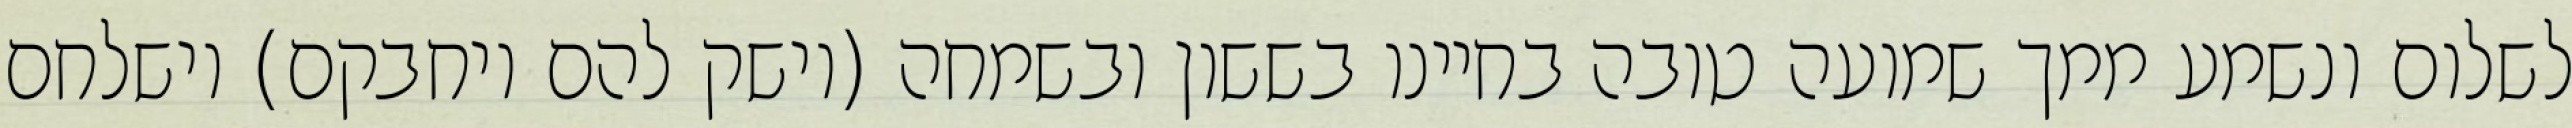
לשלום ונשמע ממך שמועה טובה בחיינו בששון ובשמחה (וישק להם ויחבקם) וישלחם